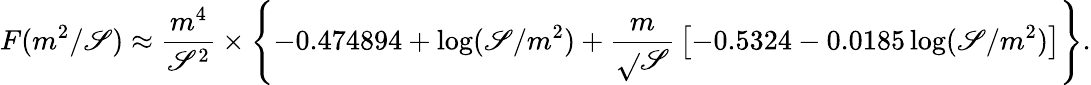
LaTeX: F(m^{2}/\mathscr{S})\approx{\frac{{m^{4}}}{{\mathscr{S}^{2}}}}\times\left\{ -0.474894+\log(\mathscr{S}/m^{2})+{\frac{{m}}{{\sqrt{}{\mathscr{S}}}}}\left[-0.5324-0.0185\log(\mathscr{S}/m^{2})\right]\right\} .